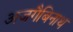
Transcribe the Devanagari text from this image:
अजगैबिनाथ